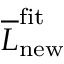
\overline { { L } } _ { \mathrm { n e w } } ^ { \mathrm { f i t } }